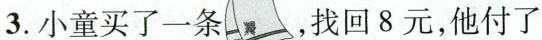
3.小童买了一条，找回8元，他付了